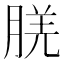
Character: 𬁿